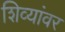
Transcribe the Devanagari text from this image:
शिव्यांवर